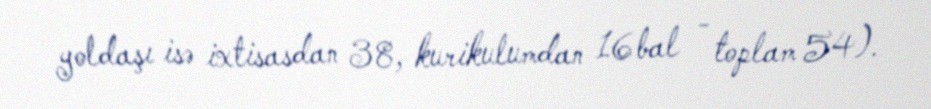
yoldaşı isə ixtisasdan 38, kurikulumdan 16 bal - toplam 54).